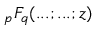
_ { p } F _ { q } ( . . . ; . . . ; z )